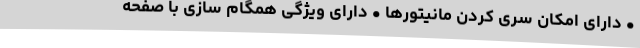
• دارای امکان سری کردن مانیتورها • دارای ویژگی همگام سازی با صفحه